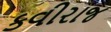
કવીરાજ